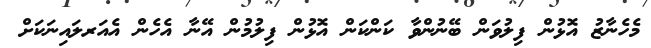
މެހެނާޒު އޮޅުން ފިލުވަން ބޭނުންވާ ކަންކަން އޮޅުން ފިލުމުން އޭނާ އެހެން އެއަރލައިނަކަށް